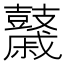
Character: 𪔯